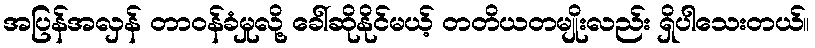
အပြန်အလှန် တာဝန်ခံမှုလို့ ခေါ်ဆိုနိုင်မယ့် တတိယတမျိုးလည်း ရှိပါသေးတယ်။